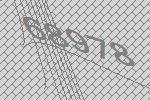
68978